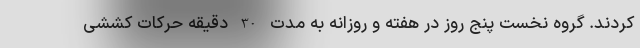
کردند. گروه نخست پنج روز در هفته و روزانه به مدت 30 دقیقه حرکات کششی